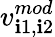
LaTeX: v_{\mathbf{i}1,\mathbf{i}2}^{mod}